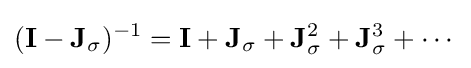
(\mathbf {I} -\mathbf {J} _{\sigma })^{-1}=\mathbf {I} +\mathbf {J} _{\sigma }+\mathbf {J} _{\sigma }^{2}+\mathbf {J} _{\sigma }^{3}+\cdots